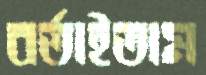
বর্তাইতাম